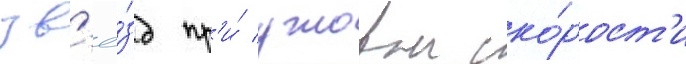
зв'ё́зд пр'и́ угловои ско́рост'и